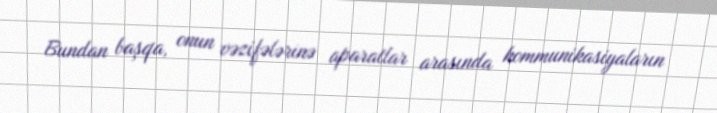
Bundan başqa, onun vəzifələrinə aparatlar arasında kommunikasiyaların